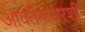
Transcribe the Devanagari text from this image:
आवर्तनासरशी